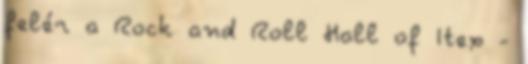
felér a Rock and Roll Hall of Itex -